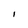
Character: I